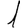
Digit: 1